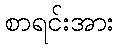
စာရင်းအား